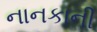
નાનકાની